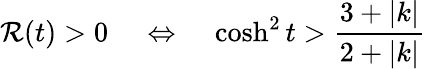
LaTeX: \mathcal{R}(t)>0\; \; \; \; \Leftrightarrow\; \; \; \; \cosh^{2}t>\frac{{3+|k|}}{{2+|k|}}